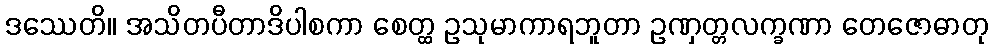
ဒဿေတိ။ အသိတပီတာဒိပါစကာ စေတ္ထ ဥသုမာကာရဘူတာ ဥဏှတ္တလက္ခဏာ တေဇောဓာတု